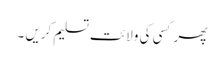
پھر کسی کی ولائت تسلیم کریں ۔